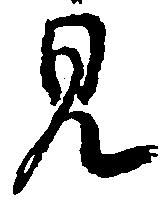
見